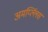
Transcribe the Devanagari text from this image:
अमर्य्ल्लिस